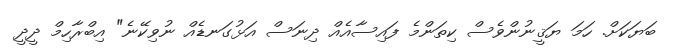
ބަޔަކަށް. ހަމަ ޔަޤީނުންވެސް ކިތަންމެ ފައިސާއެއް ދިނަސް އަޅުގަނޑެއް ނުވިކޭނެ" އިބްރާހިމް ދީދީ